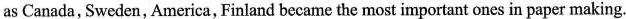
as Canada,Sweden,America, Finland became the most important ones in paper making.